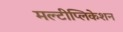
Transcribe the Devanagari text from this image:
मल्टीप्लिकेशन